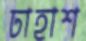
ঢাহাশ